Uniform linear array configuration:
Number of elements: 48
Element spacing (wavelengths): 0.75
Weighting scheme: kaiser
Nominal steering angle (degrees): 45
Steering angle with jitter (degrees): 44.041
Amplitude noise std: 0.05
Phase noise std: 0.05

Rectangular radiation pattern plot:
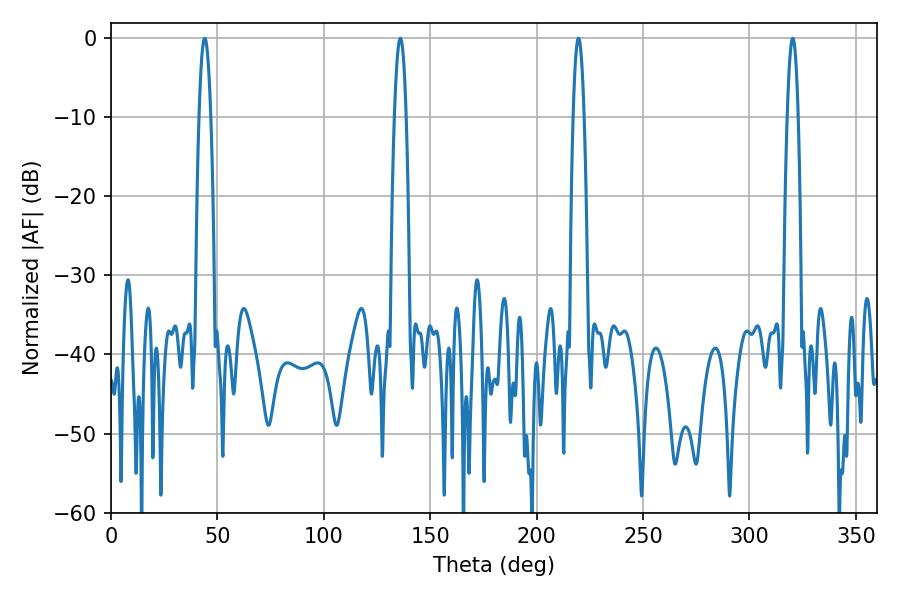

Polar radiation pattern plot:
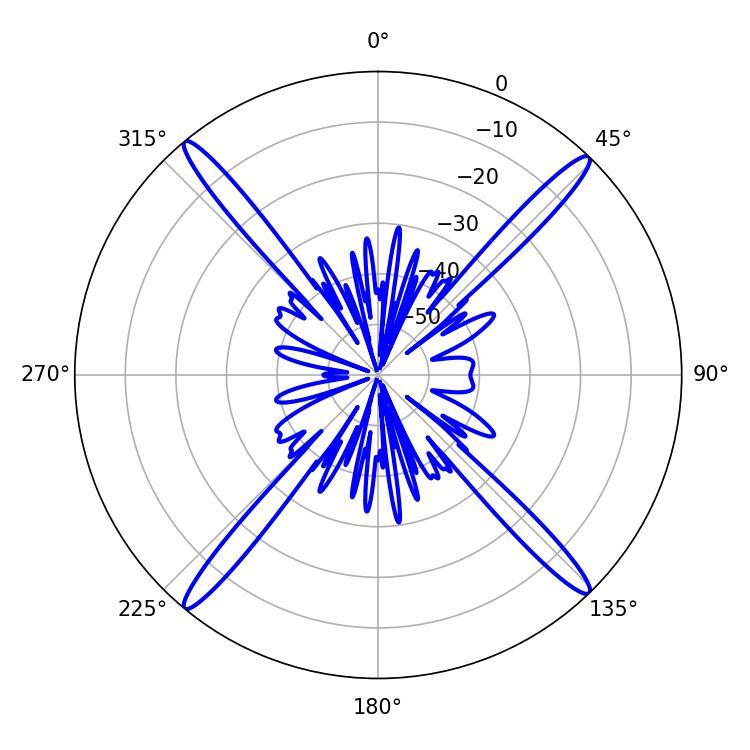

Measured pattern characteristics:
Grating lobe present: TRUE
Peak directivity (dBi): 22.386
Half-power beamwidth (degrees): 2.7
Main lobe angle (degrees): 219.6